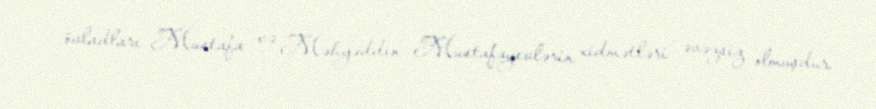
övladları Mustafa və Məhyəddin Mustafayevlərin xidmətləri əvəzsiz olmuşdur.